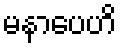
မနာပေဟိ